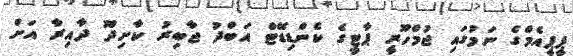
ޕީޕީއެމްގެ ނަމުގައި ޖުމްހޫރީ ޕާޓީގެ ކެންޑިޑޭޓް އަބްދު ޖާބިރު ކާށިދޫ ދާއިރާ އަށް